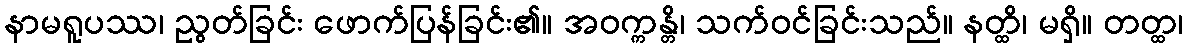
နာမရူပဿ၊ ညွတ်ခြင်း ဖောက်ပြန်ခြင်း၏။ အဝက္ကန္တိ၊ သက်ဝင်ခြင်းသည်။ နတ္ထိ၊ မရှိ။ တတ္ထ၊